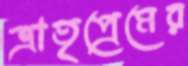
ভ্রাতৃপ্রেমের